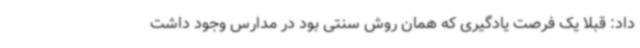
داد: قبلا یک فرصت یادگیری که همان روش سنتی بود در مدارس وجود داشت